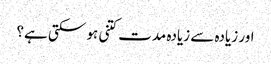
اور زیادہ سے زیادہ مدت کتنی ہو سکتی ہے؟